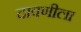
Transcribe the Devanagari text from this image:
दावणीला